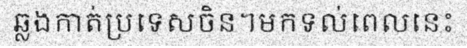
ឆ្លងកាត់ប្រទេសចិន។មកទល់ពេលនេះ